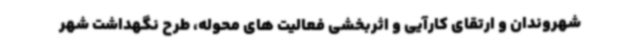
شهروندان و ارتقای کارآیی و اثربخشی فعالیت های محوله، طرح نگهداشت شهر